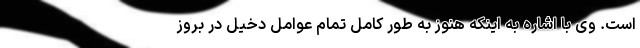
است. وی با اشاره به اینکه هنوز به طور کامل تمام عوامل دخیل در بروز